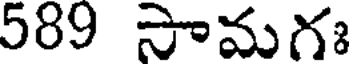
589 సామగః